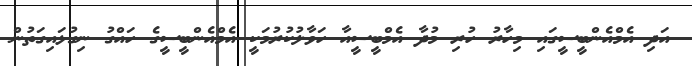
އަދި އެމްއެންބީސީގައި މިހާރު ހުރި މުދާ އެމްބީސީއާ ހަވާލުކުރުމަކީ އެމްއެންބީސީގެ ހައްގު ނިގުޅައިގަތުން